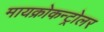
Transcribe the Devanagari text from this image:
मायक्रोकन्ट्रोलर